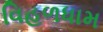
વિહળધામ